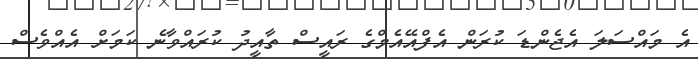
އެ މައްސަލަ އެޖެންޑަ ކުރަން އެފްއޭއެމްގެ ރައީސް ތާއީދު ކުރައްވާނެ ކަމަށް އެއްވެސް